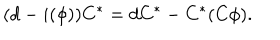
LaTeX: ( d - i ( \phi ) ) C ^ { * } = d C ^ { * } - C ^ { * } ( C \phi ) .